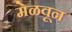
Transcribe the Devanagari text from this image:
मेळवून